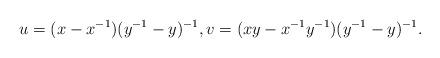
LaTeX: \begin{align*} u = (x-x^{-1})(y^{-1}-y)^{-1}, v = (xy - x^{-1}y^{-1})(y^{-1}-y)^{-1}.\end{align*}